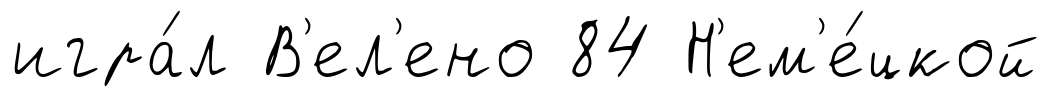
игра́л В'ел'ено 84 Н'ем'е́цкой